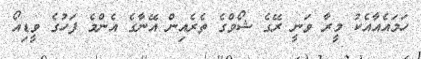
ހަމައެއާއެކު މީރާ ވަނީ ރޭގެ ޝޯވްގެ ތެރެއިން އޭނާގެ އެންމެ ފަހުގެ ވީޑިއޯ